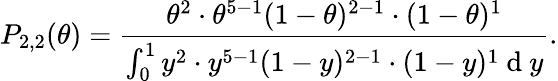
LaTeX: P_{2,2}(\theta)=\frac{\theta^{2}\cdot\theta^{5-1}(1-\theta)^{2-1}\cdot(1-\theta)^{1}}{\int_{0}^{1}y^{2}\cdot y^{5-1}(1-y)^{2-1}\cdot(1-y)^{1}\mathrm{~d~}y}.